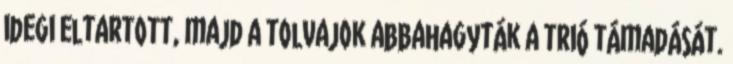
idegi eltartott, majd a tolvajok abbahagyták a trió támadását.